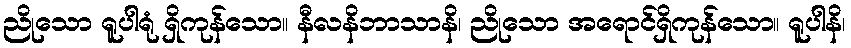
ညိုသော ရူပါရုံ ရှိကုန်သော။ နီလနိဘာသာနိ၊ ညိုသော အရောင်ရှိကုန်သော။ ရူပါနိ၊